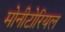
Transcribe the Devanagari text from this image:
मोनीटोरियल